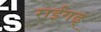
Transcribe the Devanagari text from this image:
राईगढ्